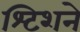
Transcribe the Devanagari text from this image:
श्टिशने